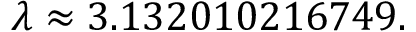
\lambda \approx 3 . 1 3 2 0 1 0 2 1 6 7 4 9 .